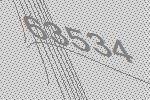
63534